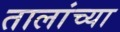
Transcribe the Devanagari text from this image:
तालांच्या